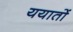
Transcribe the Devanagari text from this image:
ययातों